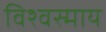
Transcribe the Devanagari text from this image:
विश्वस्माय